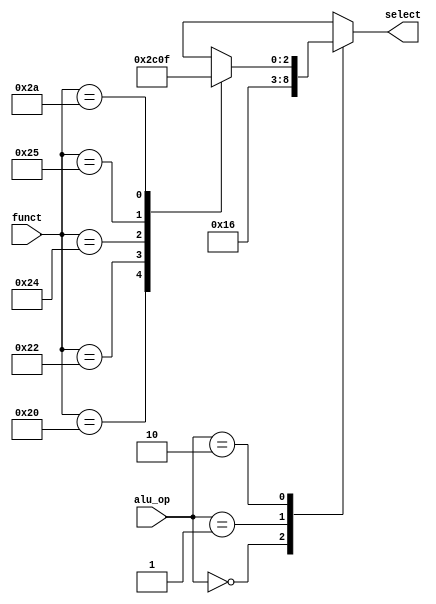
module ALU_CONTROL(alu_op, funct, select);
  input [1:0] alu_op;
  input [5:0] funct;
  output reg [2:0] select;

  always @(alu_op or funct) begin
    case (alu_op)
      2'b00       : select = 3'b010;
      2'b01       : select = 3'b110;
      2'b10       : begin case(funct)
                      6'b100000 : select = 3'b010;
                      6'b100010 : select = 3'b110;
                      6'b100100 : select = 3'b000;
                      6'b100101 : select = 3'b001;
                      6'b101010 : select = 3'b111;
                      default : select = 3'bxxx;
                     endcase
                    end
      2'b11       : select = 3'bxxx;
    endcase
    $display ("Operation: aluop= %b \t funct=%b \t select=%b",alu_op,funct,select);
  end

endmodule